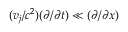
( v _ { j } / c ^ { 2 } ) ( \partial / \partial t ) \ll ( \partial / \partial x )